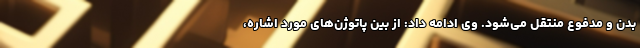
بدن و مدفوع منتقل می‌شود. وی ادامه داد: از بین پاتوژن‌های مورد اشاره،